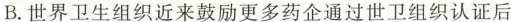
B.世界卫生组织近来鼓励更多药企通过世卫组织认证后